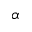
\alpha